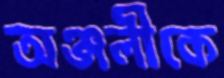
অঞ্জলীকে